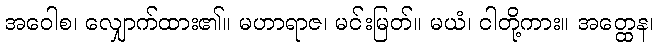
အဝေါစ၊ လျှောက်ထား၏။ မဟာရာဇ၊ မင်းမြတ်။ မယံ၊ ငါတို့ကား။ အတ္ထေန၊